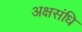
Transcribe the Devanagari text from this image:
अक्षसंधि